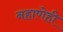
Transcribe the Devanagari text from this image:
नहाणेही